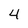
Character: 4